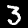
Digit: 3